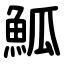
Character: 䱄